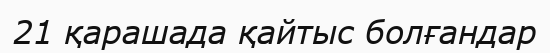
21 қарашада қайтыс болғандар